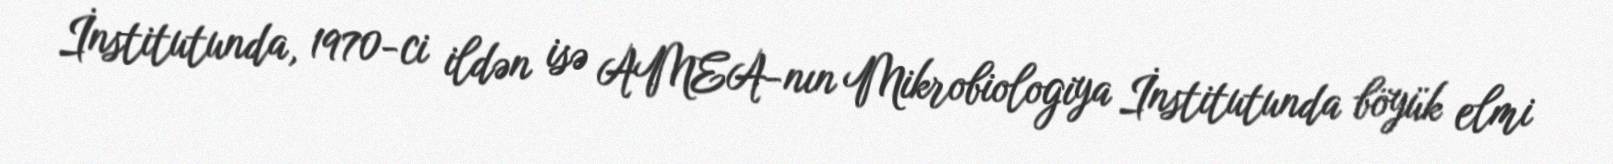
İnstitutunda, 1970-ci ildən isə AMEA-nın Mikrobiologiya İnstitutunda böyük elmi